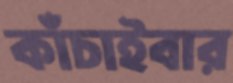
কাঁচাইবার